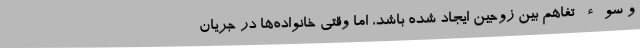
و سوء تفاهم بین زوجین ایجاد شده باشد، اما وقتی خانواده‌ها در جریان